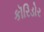
કૉરિડોર